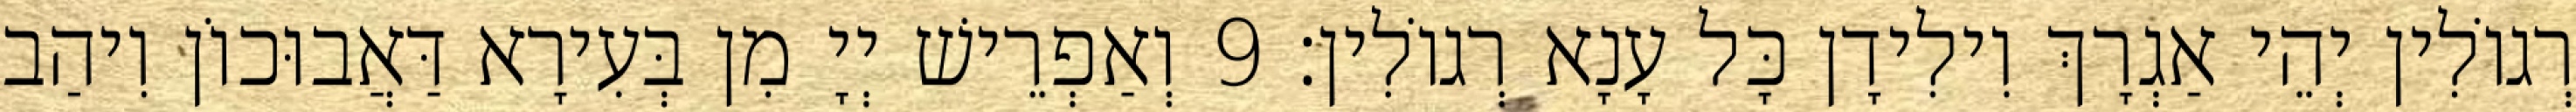
רְגוֹלִין יְהֵי אַגְרָךְ וִילִידָן כָּל עָנָא רְגוֹלִין׃ 9 וְאַפְרֵישׁ יְיָ מִן בְּעִירָא דַּאֲבוּכוֹן וִיהַב